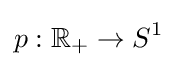
p:\mathbb {R_{+}} \to S^{1}